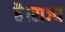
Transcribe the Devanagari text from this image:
है।राज्य